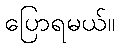
ပြောရမယ်။